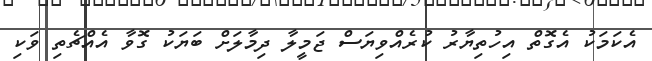
އެކަމަކު އެގޮތް އިހުތިޔާރު ކުރެއްވިޔަސް ޖަމީލާ ދިމާލަށް ބަޔަކު ގޮވާ އެއްޗެތި ވަކި